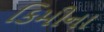
કિમીના